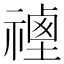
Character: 𥛡